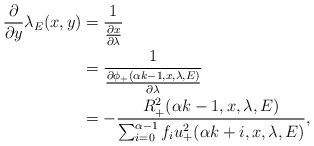
LaTeX: \begin{align*}\frac{\partial}{\partial y}\lambda_E(x,y)&=\frac{1}{\frac{\partial x}{\partial \lambda}}\\&=\frac{1}{\frac{\partial \phi_{+}(\alpha k-1,x,\lambda, E)}{\partial \lambda}}\\&=-\frac{R_{+}^{2}(\alpha k -1,x,\lambda,E)}{\sum_{i=0}^{\alpha-1}f_iu_{+}^2(\alpha k+i,x,\lambda,E)},\end{align*}